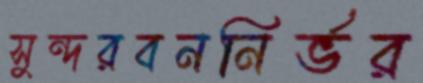
সুন্দরবননির্ভর